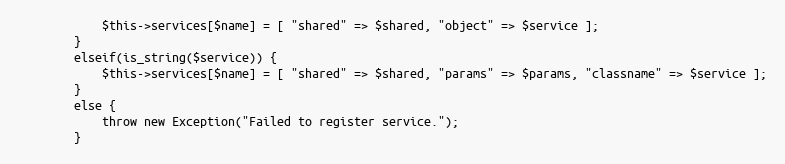
Language: PHP
            $this->services[$name] = [ "shared" => $shared, "object" => $service ];
        }
        elseif(is_string($service)) {
            $this->services[$name] = [ "shared" => $shared, "params" => $params, "classname" => $service ];
        }
        else {
            throw new Exception("Failed to register service.");
        }